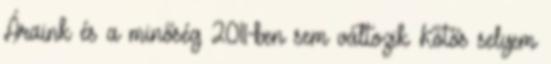
Áraink és a minőség 2011-ben sem változik Kötős selyem